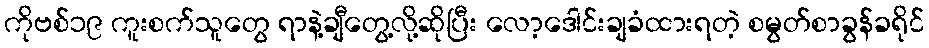
ကိုဗစ်၁၉ ကူးစက်သူတွေ ရာနဲ့ချီတွေ့လို့ဆိုပြီး လော့ဒေါင်းချခံထားရတဲ့ စမွတ်စာခွန်ခရိုင်